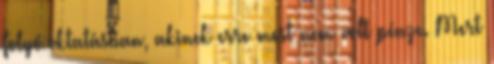
folyó oktatásban, akinek erre most nem volt pénze. Mert